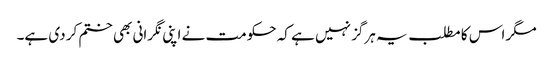
مگر اس کا مطلب یہ ہرگز نہیں ہے کہ حکومت نے اپنی نگرانی بھی ختم کر دی ہے۔